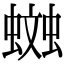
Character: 𧏎